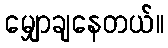
မျှောချနေတယ်။